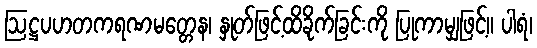
ဩဋ္ဌပဟတကရဏမတ္တေန၊ နှုတ်ဖြင့်ထိခိုက်ခြင်းကို ပြုကာမျှဖြင့်။ ပါရံ၊